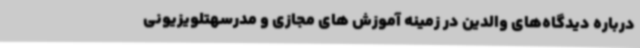
درباره دیدگاه‌های والدین در زمینه آموزش های مجازی و مدرسهتلویزیونی